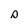
Character: s